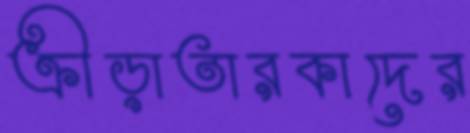
ক্রীড়াতারকাদের